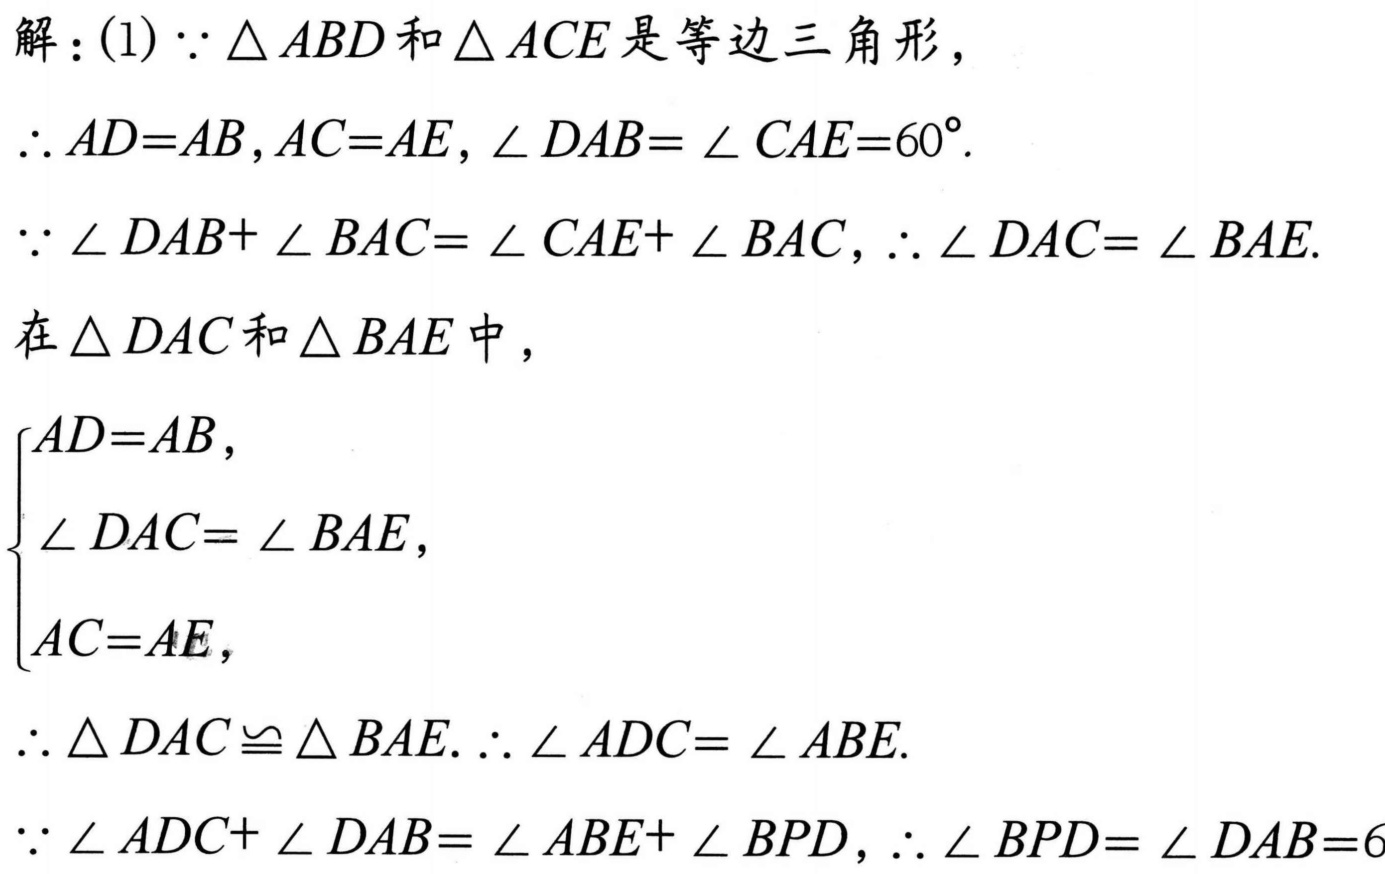
解：(1)$\because\triangle ABD$和$\triangle ACE$是等边三角形，
$\therefore AD = AB,AC = AE,\angle DAB=\angle CAE = 60^{\circ}$.
$\because\angle DAB+\angle BAC=\angle CAE+\angle BAC,\therefore\angle DAC=\angle BAE$.
在$\triangle DAC$和$\triangle BAE$中，
$\begin{cases}
AD = AB,\\
\angle DAC=\angle BAE,\\
AC = AE,
\end{cases}$
$\therefore\triangle DAC\cong\triangle BAE.\therefore\angle ADC=\angle ABE$.
$\because\angle ADC+\angle DAB=\angle ABE+\angle BPD,\therefore\angle BPD=\angle DAB = 60$